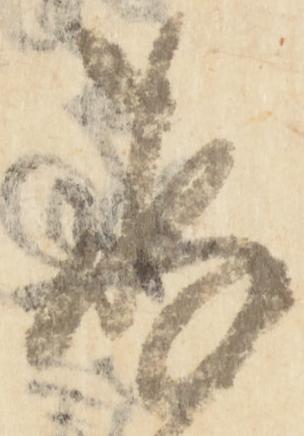
存